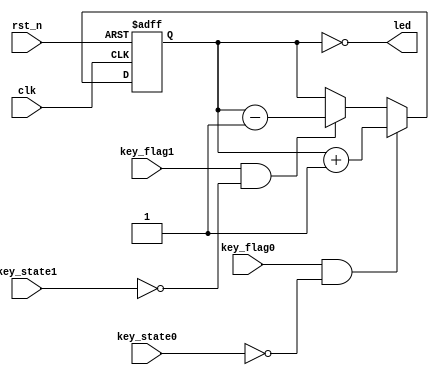

module led_ctrl(
	input clk,
	input rst_n,

	input key_flag0,
	input key_state0,
	
	input key_flag1,
	input key_state1,

	output [3:0] led
);


reg [3:0]led_r;

assign led = ~led_r;

always @(posedge clk or negedge rst_n) begin
	if (!rst_n) begin
		led_r <= 4'b0000;
	end else if (key_flag0 && !key_state0) begin
		led_r <= led_r + 1'b1;
	end else if (key_flag1 && !key_state1) begin
		led_r <= led_r - 1'b1;
	end else begin
		led_r <= led_r; 
	end
end


endmodule